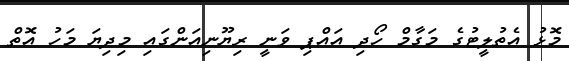
މޮޅު އެތުލީޓުގެ މަގާމް ހޯދި އައްޕި ވަނީ ރިޔޫނިއަންގައި މިދިޔަ މަހު އޮތް